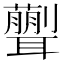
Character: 𦗿